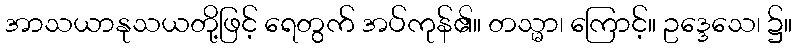
အာသယာနုသယတို့ဖြင့် ရေတွက် အပ်ကုန်၏။ တသ္မာ၊ ကြောင့်။ ဥဒ္ဒေသေ၊ ၌။